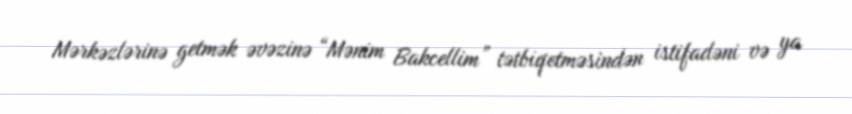
Mərkəzlərinə getmək əvəzinə “Mənim Bakcellim” tətbiqetməsindən istifadəni və ya